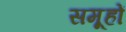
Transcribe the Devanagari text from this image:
समू्हों